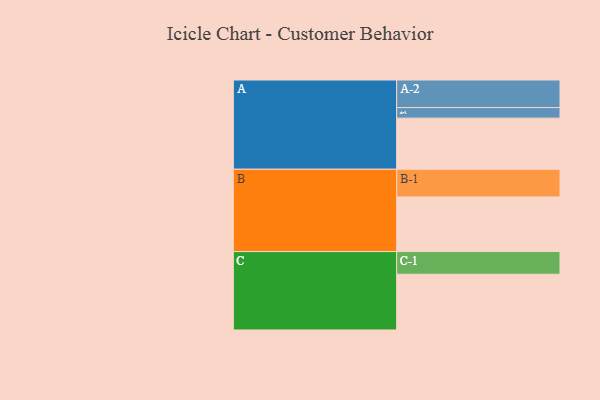
{"axis": {"x": "Segment", "y": "Value"}, "legend": ["", "A", "B", "C"], "data": [{"x": "A", "y": 547, "type": ""}, {"x": "B", "y": 585, "type": ""}, {"x": "C", "y": 597, "type": ""}, {"x": "A-1", "y": 113, "type": "A"}, {"x": "A-2", "y": 295, "type": "A"}, {"x": "B-1", "y": 296, "type": "B"}, {"x": "C-1", "y": 242, "type": "C"}]}